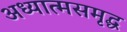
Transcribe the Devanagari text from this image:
अध्यात्मसमृद्ध